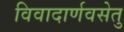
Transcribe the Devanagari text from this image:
विवादार्णवसेतु